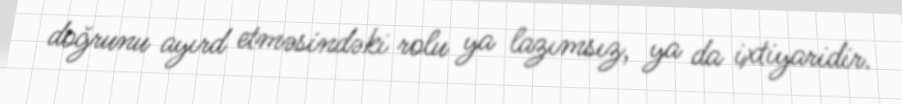
doğrunu ayırd etməsindəki rolu ya lazımsız, ya da ixtiyaridir.